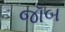
જૉબ